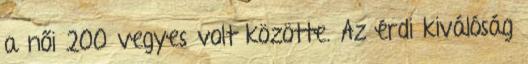
a női 200 vegyes volt közötte. Az érdi kiválóság